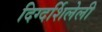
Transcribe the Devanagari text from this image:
दिग्दर्शिलेली